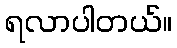
ရလာပါတယ်။